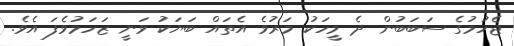
ޖެހުމުގެ ސަބަބުން ދެ މީހަކު މަރުވެ އެތައް ބަޔަކު ވަނީ ޒަހަމުވެފަ އެވެ.